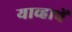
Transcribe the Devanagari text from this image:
याव्हाचें